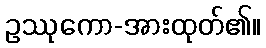
ဥဿုကော-အားထုတ်၏။